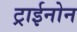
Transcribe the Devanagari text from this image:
ट्राईनोन